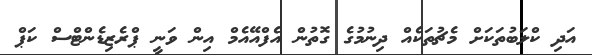
އަދި ކްލަބުތަކަށް މެޗުތަކެއް ދިނުމުގެ ގޮތުން އެފްއޭއެމް އިން ވަނީ ޕްރެޒިޑެންޓްްސް ކަޕް